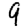
Digit: 9